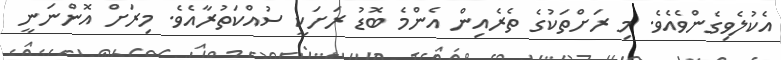
އެކުލެވިގެންވެއެވެ. މި ރަށްތަކުގެ ތެރެއިން އެންމެ ބޮޑު ރަށަކީ ސުއްކަތުރާއެވެ. މިރަށް އޮންނަނީ